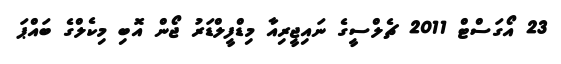
23 އޯގަސްޓް 2011 ޗެލްސީގެ ނައިޖީރިއާ މިޑްފީލްޑަރު ޖޯން އޮބި މިކެލްގެ ބައްޕަ